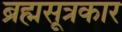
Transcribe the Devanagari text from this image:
ब्रह्मसूत्रकार